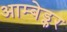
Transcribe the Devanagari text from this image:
आम्बेड्कर